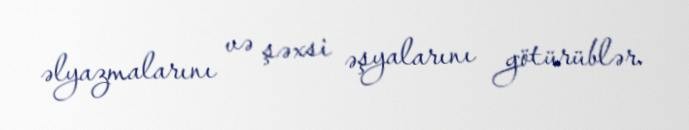
əlyazmalarını və şəxsi əşyalarını götürüblər.